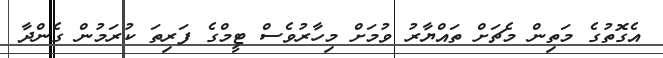
އެގޮތުގެ މަތިން މެޗަށް ތައްޔާރު ވުމަށް މިހާރުވެސް ޓީމްގެ ފަރިތަ ކުރަމުން ގެންދާ